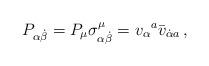
LaTeX: \begin{align*}P_{\alpha\dot\beta} =P_\mu \sigma^\mu_{\alpha\dot\beta} =v_{\alpha}{}^a \bar v_{\dot\alpha{}a}\, ,\end{align*}